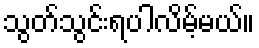
သွတ်သွင်းရပါလိမ့်မယ်။